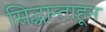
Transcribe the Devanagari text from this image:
सिद्धान्ताहून